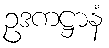
ဥဒကဋ္ဌာနံ